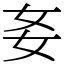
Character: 㚣